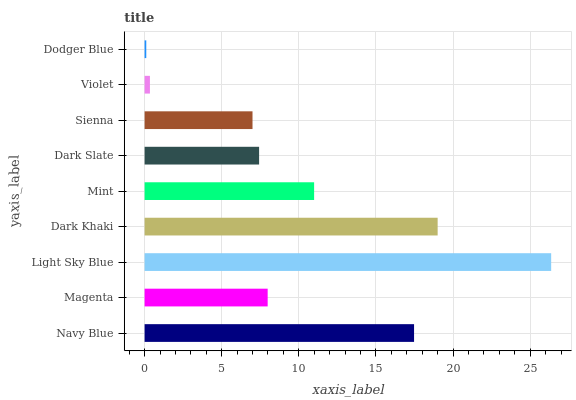
| yaxis_label | bars |
 | --- | --- |
 | Navy Blue | 17.5 |
 | Magenta | 7.98 |
 | Light Sky Blue | 26.4 |
 | Dark Khaki | 19 |
 | Mint | 11 |
 | Dark Slate | 7.42 |
 | Sienna | 7 |
 | Violet | 0.345 |
 | Dodger Blue | 0.108 |